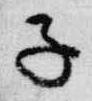
子